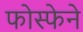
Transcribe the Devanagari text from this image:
फोस्फेने